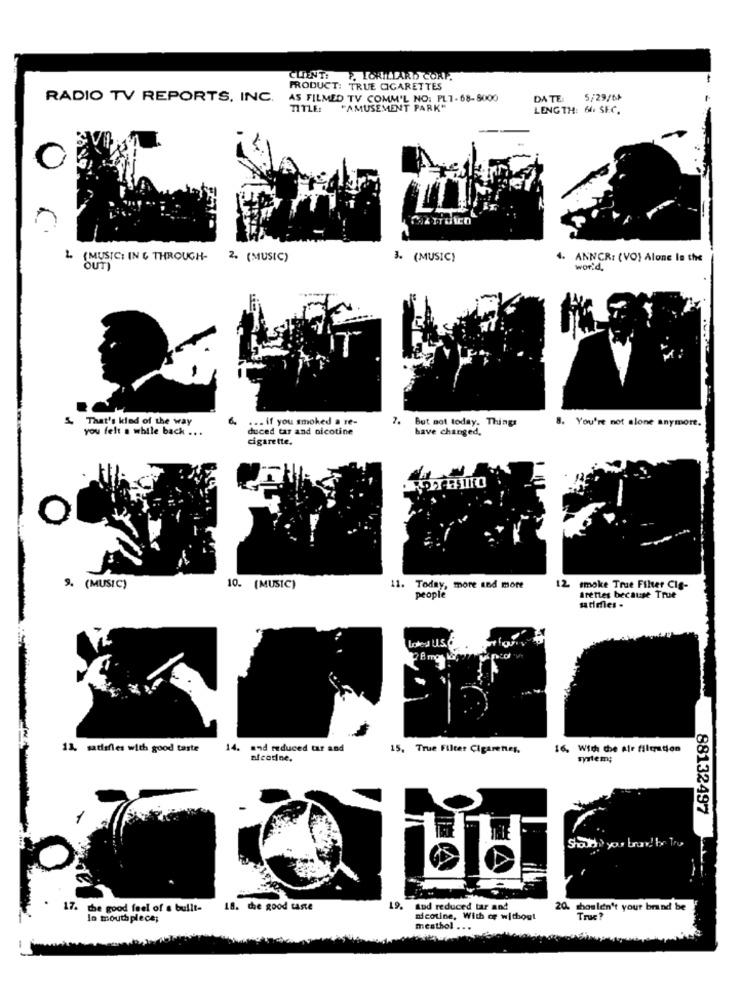
CLIENT: P. LORILLARD CORP.
PRODUCT: TRUE CIGARETTES
RADIO TV REPORTS, INC.
AS FILMED TV COMM'L NO: PL7-68-8000
DA TE
5/29/6*
TITLE:
"AMUSEMENT PARK"
LENGTH: 64. SEC.
L (MUSIC; IN & THROUGH- 2. (MUSIC)
3. (MUSIC)
ANNCR: (VO) Alone In the
OUT)
world,
That's kind of the way
6. ... if you smoked a re-
2.
But not today. Things
8. You're not alone anymore.
you felt a while back ...
duced tar and nicotine
have changed,
cigarette.
9. (MUSIC)
10. (MUSIC)
11. Today, more and more
12 smoke True Filter Clg-
people
Arettes because True
satimes -
11. sadffles with good taste
14.
and reduced tar and
15, True Filter Cigarenes,
16, Wich Che ale filtration
nicotine.
88132497
17. the good feel of a built-
18. the good taste
19. sud reduced tar and
20. shouldn't your brand be
lo mouthpiece;
nicotine, With or without
Truc?
meathol ...